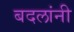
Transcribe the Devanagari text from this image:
बदलांनी